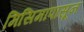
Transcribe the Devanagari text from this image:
मिसिमापासून